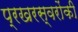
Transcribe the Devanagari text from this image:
प्रखरस्वरोंकी